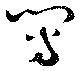
冩